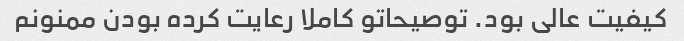
کیفیت عالی بود. توصیحاتو کاملا رعایت کرده بودن ممنونم